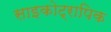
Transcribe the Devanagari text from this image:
साइकोट्रापिक